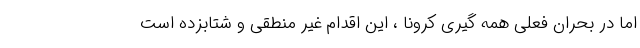
اما در بحران فعلی همه گیری کرونا ، این اقدام غیر منطقی و شتابزده است